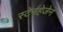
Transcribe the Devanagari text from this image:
स्टेर्नहेजेन